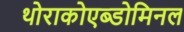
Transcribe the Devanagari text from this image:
थोराकोएब्डोमिनल